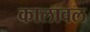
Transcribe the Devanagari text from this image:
कालावल